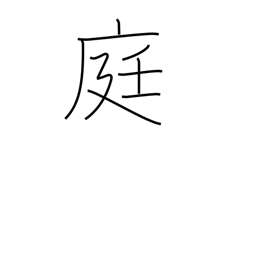
Meaning: courtyard